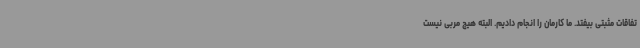
تفاقات مثبتی بیفتد. ما کارمان را انجام دادیم. البته هیچ مربی نیست